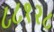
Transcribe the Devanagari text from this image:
८८१२८